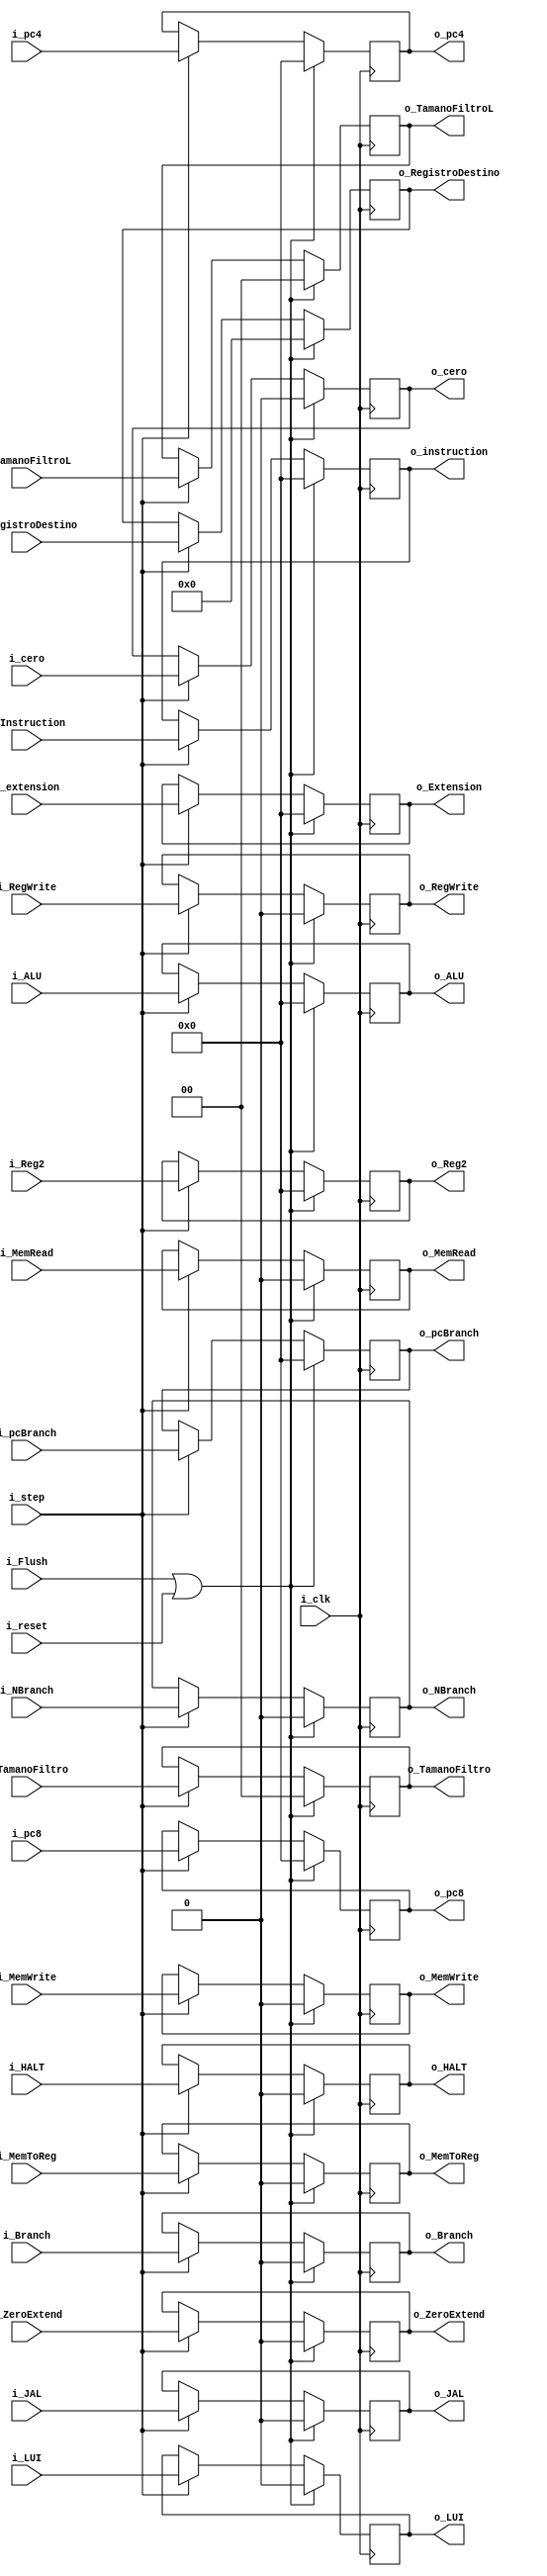
`timescale 1ns / 1ps

module EX_MEM
    #(
        parameter NBITS     =   32  ,
        parameter REGS      =   5       
    )
    (  
        input   wire                        i_clk,
        input   wire                        i_reset,
        input   wire                        i_Flush,
        input   wire    [NBITS-1:0]         i_pc4,
        input   wire    [NBITS-1:0]         i_pc8,
        input   wire                        i_step,
        input   wire    [REGS-1:0]          i_RegistroDestino ,
        input   wire    [NBITS-1:0]         i_pcBranch,
        input   wire    [NBITS-1:0]         i_Instruction ,
        input   wire                        i_cero ,
        input   wire    [NBITS-1:0]         i_ALU ,
        input   wire    [NBITS-1:0]         i_Reg2,
        input   wire    [NBITS-1:0]         i_extension,
        ///ControlM
        input   wire                        i_Branch,
        input   wire                        i_NBranch,
        input   wire                        i_MemWrite ,
        input   wire                        i_MemRead, 
        input   wire    [1:0]               i_TamanoFiltro , 
        ///ControlWB
        input   wire                        i_JAL ,      
        input   wire                        i_MemToReg ,
        input   wire                        i_RegWrite,
        input   wire    [1:0]               i_TamanoFiltroL,
        input   wire                        i_ZeroExtend ,
        input   wire                        i_LUI ,
        input   wire                        i_HALT,
        
        output  wire    [NBITS-1:0]         o_pc4 ,
        output  wire    [NBITS-1:0]         o_pc8 ,      
        output  wire    [NBITS-1:0]         o_pcBranch  ,
        output  wire    [NBITS-1:0]         o_instruction ,
        output  wire                        o_JAL ,
        output  wire                        o_cero ,
        output  wire    [NBITS-1:0]         o_ALU ,
        output  wire    [NBITS-1:0]         o_Reg2  ,
        output  wire    [REGS-1:0]          o_RegistroDestino ,
        output  wire    [NBITS-1:0]         o_Extension,
        
        ///OControlM
        output  wire                        o_Branch ,
        output  wire                        o_NBranch,
        output  wire                        o_MemWrite ,
        output  wire                        o_MemRead  ,
        output  wire   [1:0]                o_TamanoFiltro ,
        
        ///OControlWB
        output  wire                        o_MemToReg   ,
        output  wire                        o_RegWrite  ,
        output  wire   [1:0]                o_TamanoFiltroL ,
        output  wire                        o_ZeroExtend  ,
        output  wire                        o_LUI  ,
        output  wire                        o_HALT
    );
    
    reg     [NBITS-1    :0] PC4_reg             ;
    reg     [NBITS-1    :0] PC8_reg             ;
    reg     [NBITS-1    :0] PCBranch_reg        ;
    reg     [NBITS-1    :0] Instruction_reg     ;
    reg                     JAL_reg             ;
    reg                     Cero_reg            ;
    reg     [NBITS-1    :0] ALU_reg             ;
    reg     [NBITS-1    :0] Registro2_reg       ;
    reg     [REGS-1     :0] RegistroDestino_reg ;
    reg     [NBITS-1    :0] Extension_reg       ;
    
    //RegM
    reg                     Branch_reg          ;
    reg                     NBranch_reg         ;
    reg                     MemWrite_reg        ;
    reg                     MemRead_reg         ;
    reg     [1          :0] TamanoFiltro_reg    ;
    
    //RegWB
    reg                     MemToReg_reg        ;
    reg                     RegWrite_reg        ;
    reg     [1          :0] TamanoFiltroL_reg   ;
    reg                     ZeroExtend_reg      ;
    reg                     LUI_reg             ;
    reg                     HALT_reg            ;
  
    
    always @(posedge i_clk)
        if(i_Flush | i_reset)
             begin 
                PC4_reg             <=  {NBITS{1'b0}}           ;
                PC8_reg             <=  {NBITS{1'b0}}           ;
                PCBranch_reg        <=  {NBITS{1'b0}}           ;
                Instruction_reg     <=  {NBITS{1'b0}}           ;
                Cero_reg            <=  1'b0                    ;
                ALU_reg             <=  {NBITS{1'b0}}           ;        
                Registro2_reg       <=  {NBITS{1'b0}}           ;
                RegistroDestino_reg <=  {REGS{1'b0}}            ;
                Extension_reg       <=  {NBITS{1'b0}}           ;
                
                //M
                Branch_reg          <=  1'b0                    ;
                NBranch_reg         <=  1'b0                    ;
                MemWrite_reg        <=  1'b0                    ;
                MemRead_reg         <=  1'b0                    ;
                TamanoFiltro_reg    <=  2'b00                   ;
        
                //WB
                JAL_reg             <=  1'b0                    ;            
                MemToReg_reg        <=  1'b0                    ;
                RegWrite_reg        <=  1'b0                    ;
                TamanoFiltroL_reg   <=  2'b00                   ;
                ZeroExtend_reg      <=  1'b0                    ;
                LUI_reg             <=  1'b0                    ;
                HALT_reg            <=  1'b0                    ;
            end
        else if (i_step)
            begin 
                PC4_reg             <=  i_pc4                   ;
                PC8_reg             <=  i_pc8                   ;
                PCBranch_reg        <=  i_pcBranch              ;
                Instruction_reg     <=  i_Instruction           ;
                Cero_reg            <=  i_cero                  ;
                ALU_reg             <=  i_ALU                   ;        
                Registro2_reg       <=  i_Reg2             ;
                RegistroDestino_reg <=  i_RegistroDestino       ;
                Extension_reg       <=  i_extension             ;
                
                //M
                Branch_reg          <=  i_Branch                ;
                NBranch_reg         <=  i_NBranch               ;
                MemWrite_reg        <=  i_MemWrite              ;
                MemRead_reg         <=  i_MemRead               ;
                TamanoFiltro_reg    <=  i_TamanoFiltro          ;
        
                //WB
                JAL_reg             <=  i_JAL                   ;            
                MemToReg_reg        <=  i_MemToReg              ;
                RegWrite_reg        <=  i_RegWrite              ;
                TamanoFiltroL_reg   <=  i_TamanoFiltroL         ;
                ZeroExtend_reg      <=  i_ZeroExtend            ;
                LUI_reg             <=  i_LUI                   ;
                HALT_reg            <=  i_HALT                  ;
            end
    assign o_pc4                =   PC4_reg             ;
    assign o_pc8                =   PC8_reg             ;
    assign o_pcBranch           =   PCBranch_reg        ;
    assign o_instruction        =   Instruction_reg     ;
    assign o_cero               =   Cero_reg            ;
    assign o_JAL                =   JAL_reg             ;
    assign o_ALU                =   ALU_reg             ;
    assign o_Reg2               =   Registro2_reg       ;
    assign o_RegistroDestino    =   RegistroDestino_reg ;
    assign o_Extension          =   Extension_reg       ;
    
    //AssignM
    assign o_Branch         =   Branch_reg          ;
    assign o_NBranch        =   NBranch_reg         ;
    assign o_MemWrite       =   MemWrite_reg        ;
    assign o_MemRead        =   MemRead_reg         ;
    assign o_TamanoFiltro   =   TamanoFiltro_reg    ;
    
    //AssignWB
    assign o_MemToReg       =   MemToReg_reg        ;
    assign o_RegWrite       =   RegWrite_reg        ;
    assign o_TamanoFiltroL  =   TamanoFiltroL_reg   ;
    assign o_ZeroExtend     =   ZeroExtend_reg      ;
    assign o_LUI            =   LUI_reg             ;
    assign o_HALT           =   HALT_reg            ;     
endmodule